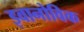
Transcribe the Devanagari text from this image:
इवानोविक